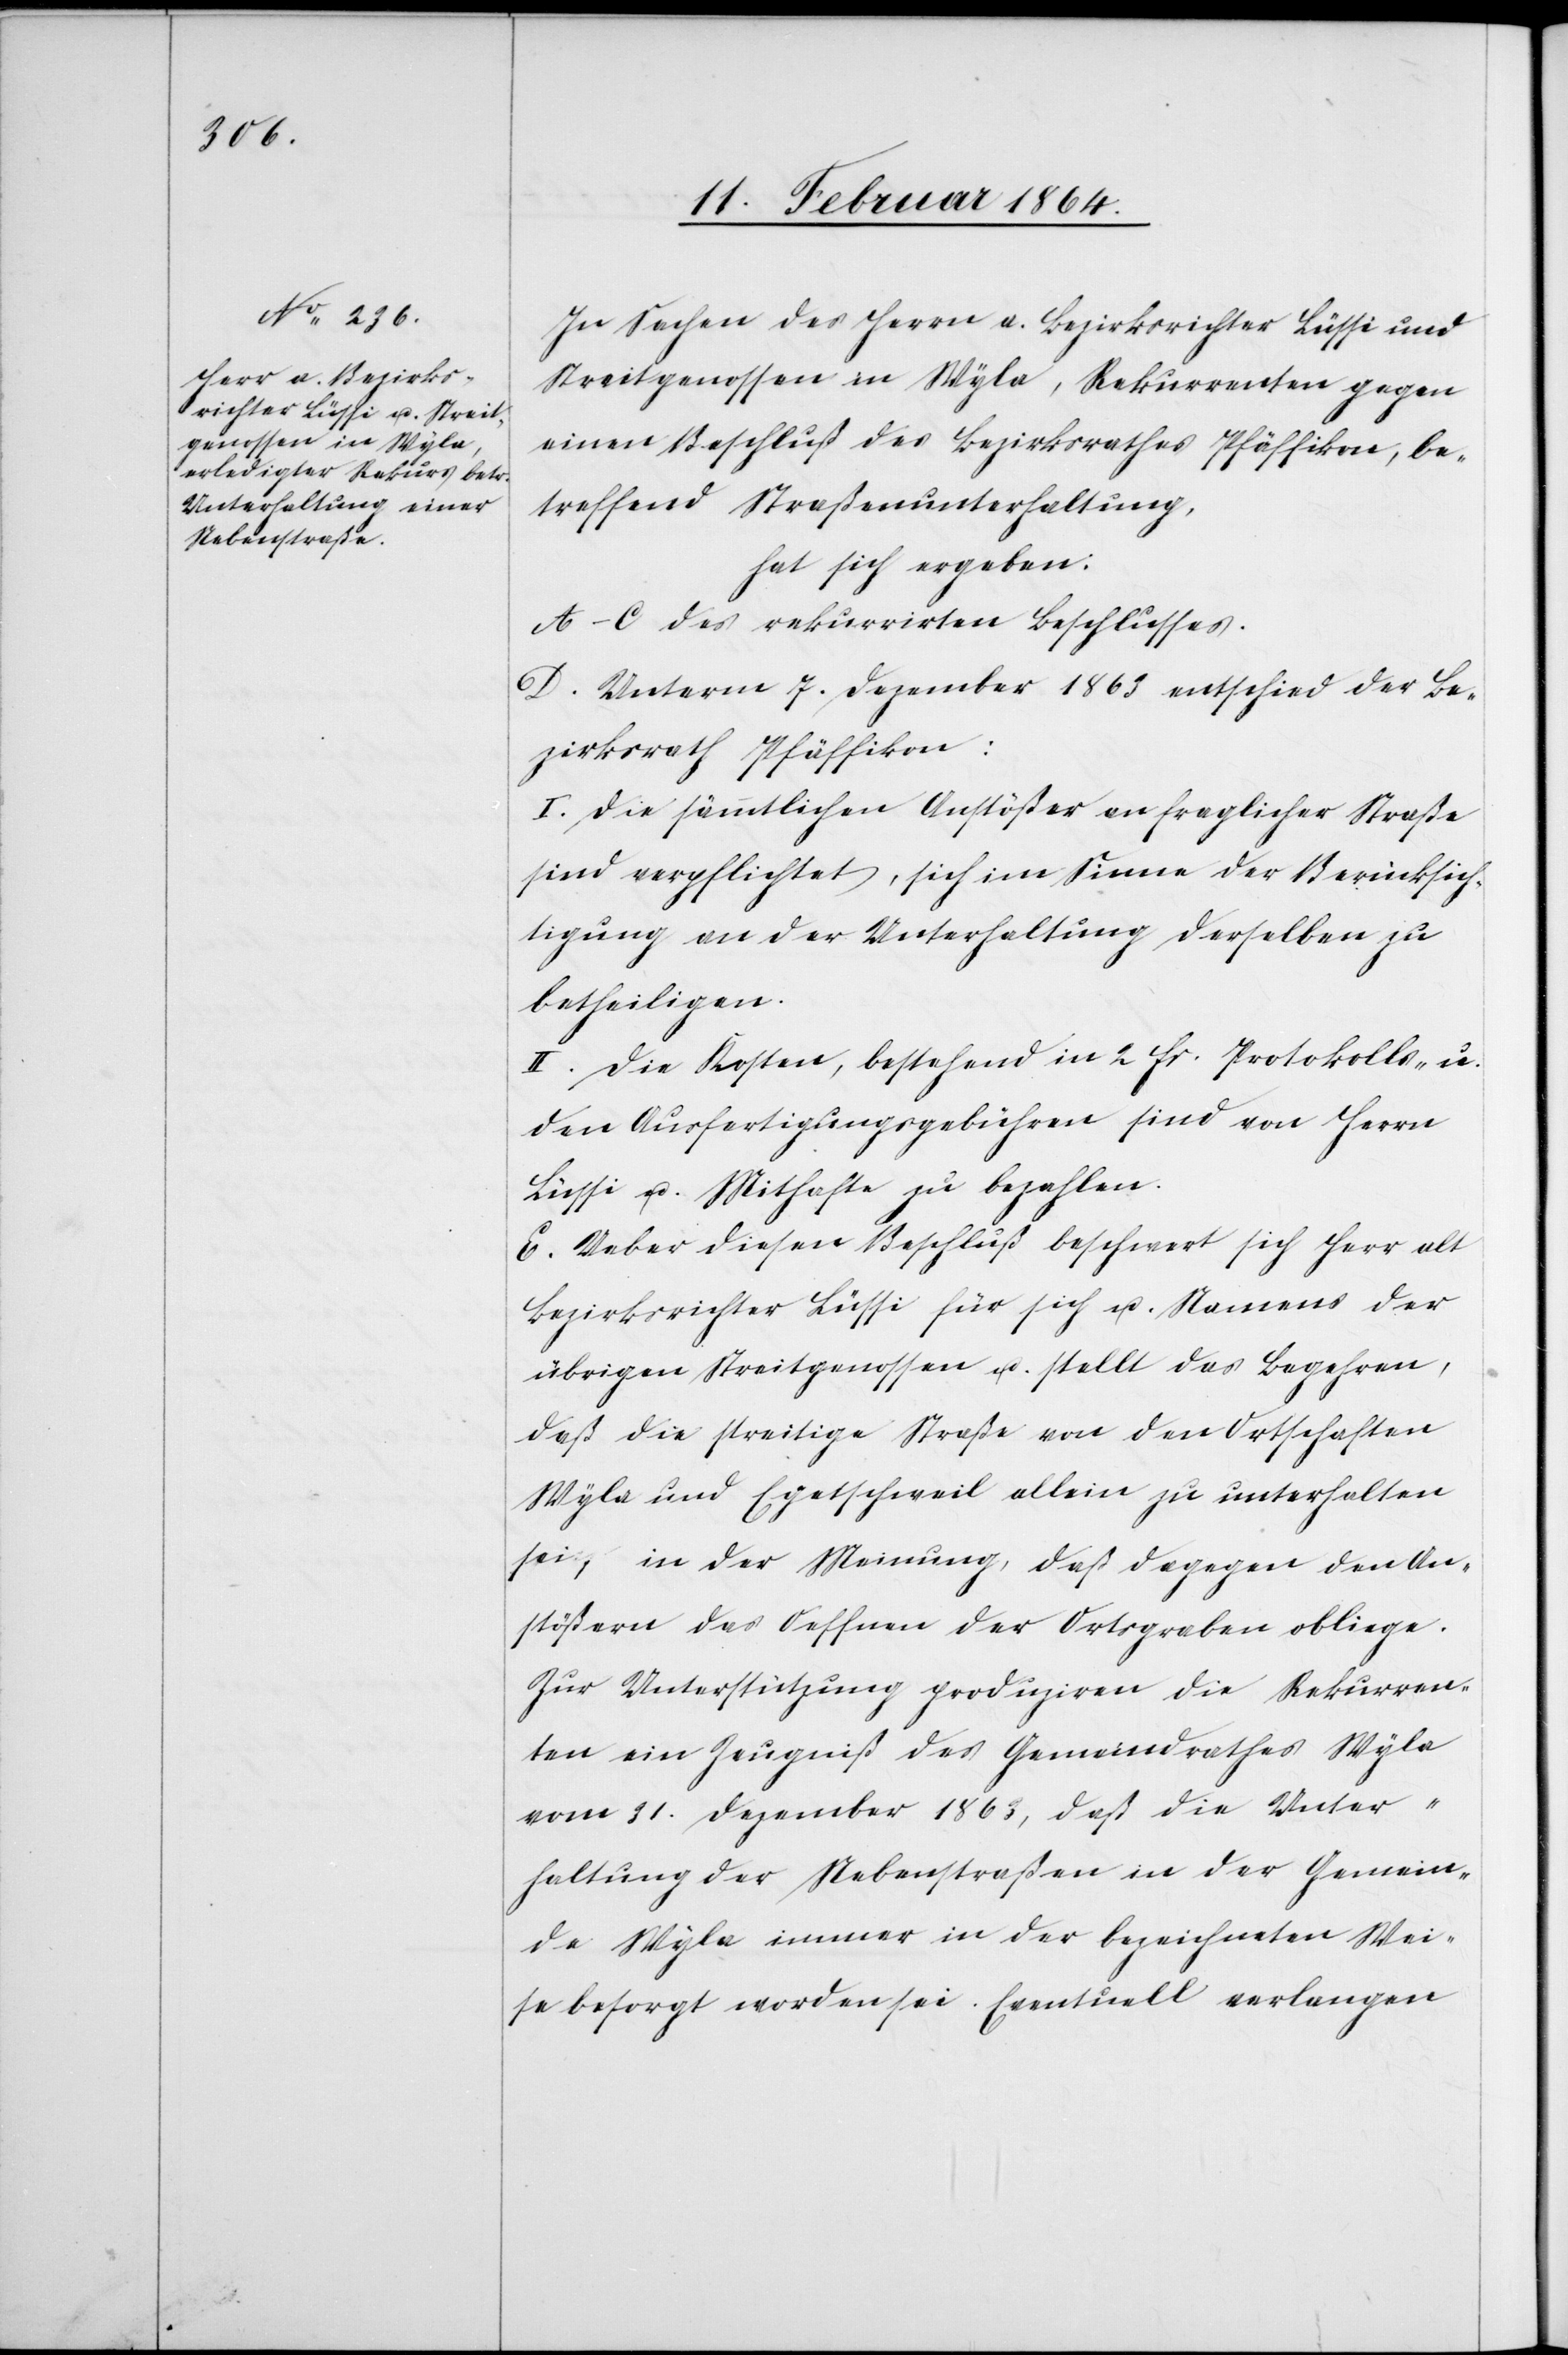
In Sachen des Herrn a. Bezirksrichter Lüssi und
Streitgenossen in Wyla, Rekurrenten gegen
einen Beschluß des Bezirksrathes Pfäffikon, be¬
treffend Straßenunterhaltung,
hat sich ergeben:
A–C des rekurrirten Beschlusses.
D. Unterm 7. Dezember 1863 entschied der Be¬
zirksrath Pfäffikon:
I. Die sämmtlichen Anstößer an fraglicher Straße
sind verpflichtet, sich im Sinne der Berücksich¬
tigung an der Unterhaltung derselben zu
betheiligen.
II. Die Kosten, bestehend in 2 fr. Protokolls- u.
den Ausfertigungsgebühren sind von Herrn
Lüssi u. Mithafte zu bezahlen.
E: Ueber diesen Beschluß beschwert sich Herr alt
Bezirksrichter Lüssi für sich u. Namens der
übrigen Streitgenossen u. stellt das Begehren,
daß die streitige Straße von den Ortschaften
Wyla und Egetschweil allein zu unterhalten
sei, in der Meinung, daß dagegen den An¬
stößern das Oeffnen der Ortsgraben obliege.
Zur Unterstützung produziren die Rekurren¬
ten ein Zeugniß des Gemeindrathes Wyla
vom 31. Dezember 1863, daß die Unter¬
haltung der Nebenstraßen in der Gemein¬
de Wyla immer in der bezeichneten Wei¬
se besorgt worden sei. Eventuell verlangen